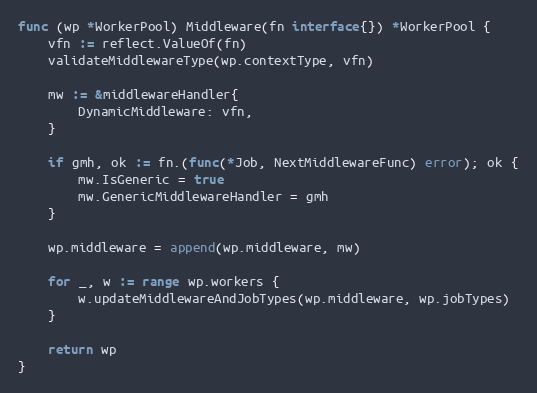
Language: Go
func (wp *WorkerPool) Middleware(fn interface{}) *WorkerPool {
	vfn := reflect.ValueOf(fn)
	validateMiddlewareType(wp.contextType, vfn)

	mw := &middlewareHandler{
		DynamicMiddleware: vfn,
	}

	if gmh, ok := fn.(func(*Job, NextMiddlewareFunc) error); ok {
		mw.IsGeneric = true
		mw.GenericMiddlewareHandler = gmh
	}

	wp.middleware = append(wp.middleware, mw)

	for _, w := range wp.workers {
		w.updateMiddlewareAndJobTypes(wp.middleware, wp.jobTypes)
	}

	return wp
}